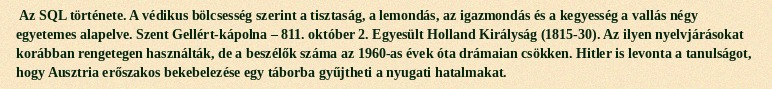
Az SQL története. A védikus bölcsesség szerint a tisztaság, a lemondás, az igazmondás és a kegyesség a vallás négy egyetemes alapelve. Szent Gellért-kápolna – 811. október 2. Egyesült Holland Királyság (1815-30). Az ilyen nyelvjárásokat korábban rengetegen használták, de a beszélők száma az 1960-as évek óta drámaian csökken. Hitler is levonta a tanulságot, hogy Ausztria erőszakos bekebelezése egy táborba gyűjtheti a nyugati hatalmakat.